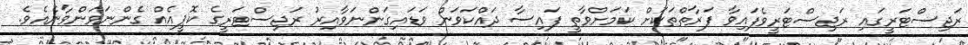
ރަޖިސްޓަރީގައި ރަޖިސްޓަރީވެފައިވާ ފަރާތްތަކަށް ކަމަށްވާތީ ފައިސާ ދައްކަވަން ވަޑައިގަންނަވާއިރު ރަޖިސްޓަރީގެ ކޮޕީއެއް ގެންނަވަންވާނެއެވެ.